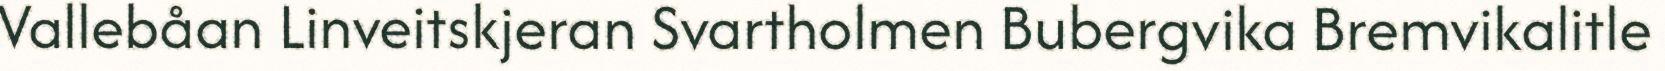
Vallebåan Linveitskjeran Svartholmen Bubergvika Bremvikalitle